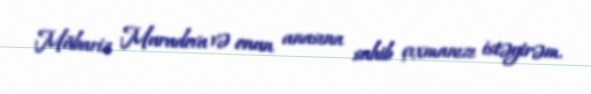
Mübariz Muradova və onun anasına sahib çıxmanızı istəyirəm.